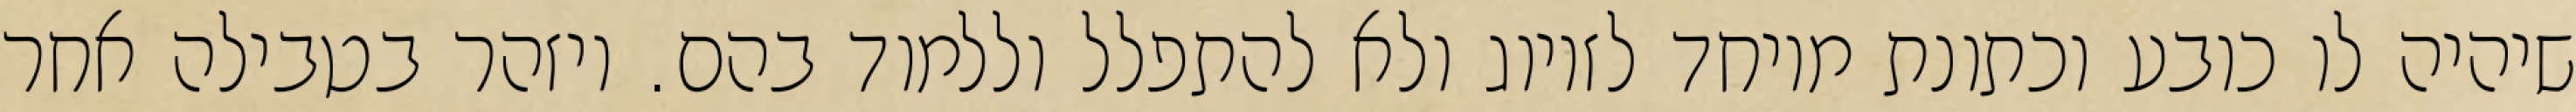
שיהיה לו כובע וכתונת מיוחד לזיווג ולא להתפלל וללמוד בהם. ויזהר בטבילה אחר